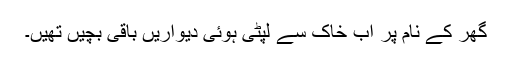
گھر کے نام پر اب خاک سے لپٹی ہوئی دیواریں باقی بچیں تھیں۔